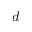
d